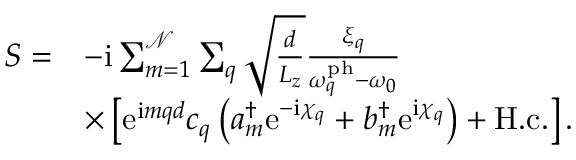
\begin{array} { r l } { S = } & { - \mathrm { i } \sum _ { m = 1 } ^ { \mathcal { N } } \sum _ { q } \sqrt { \frac { d } { L _ { z } } } \frac { \xi _ { q } } { \omega _ { q } ^ { \mathrm { p h } } - \omega _ { 0 } } } \\ & { \times \left[ \mathrm { e } ^ { \mathrm { i } m q d } c _ { q } ^ { \phantom { \dagger } } \left( a _ { m } ^ { \dagger } \mathrm { e } ^ { - \mathrm { i } \chi _ { q } } + b _ { m } ^ { \dagger } \mathrm { e } ^ { \mathrm { i } \chi _ { q } } \right) + \mathrm { H . c . } \right] . } \end{array}